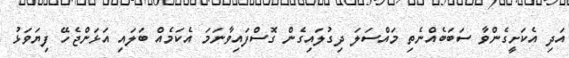
އަދި އެކަށީގެންވާ ސަބަބެއްނެތި މައްސަލަ ދިގުލައިގެން ގޮސްފައިވާނަމަ އެކަމެއް ބަލައި އަޅަންޖެހޭ ފިޔަވަޅު